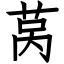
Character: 莴